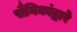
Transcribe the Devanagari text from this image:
सैनिकांद्वारे